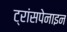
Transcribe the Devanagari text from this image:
ट्रांसपेनाइन